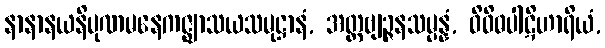
နာနာနယနိပုဏမနေကဇ္ဈာသယသမုဋ္ဌာနံ, အတ္ထဗျဉ္ဇနသမ္ပန္နံ, ဝိဝိဓပါဋိဟာရိယံ,